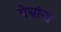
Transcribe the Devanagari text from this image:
मेघांना